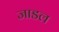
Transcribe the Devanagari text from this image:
जाडल